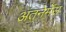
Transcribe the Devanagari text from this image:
अंतनेर्मेंस